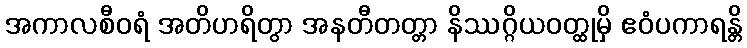
အကာလစီဝရံ အတိဟရိတွာ အနတီတတ္တာ နိဿဂ္ဂိယဝတ္ထုမှိ ဧဝံပကာရန္တိ